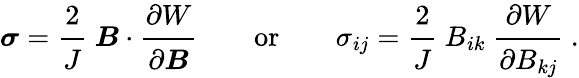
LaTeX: {\boldsymbol{\sigma}}={\cfrac{2}{J}}~{\boldsymbol{B}}\cdot{\cfrac{\partial W}{\partial{\boldsymbol{B}}}}\qquad{\mathrm{or}}\qquad\sigma_{ij}={\cfrac{2}{J}}~B_{ik}~{\cfrac{\partial W}{\partial B_{kj}}}~.